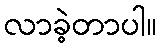
လာခဲ့တာပါ။